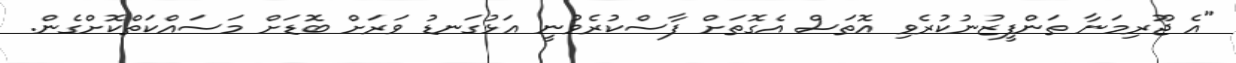
"އެ ޖޫރިމަނާ ތަންފީޒުނުކުރެވި އޮތަސް އެގޮތަށް ފާސްކުރެވުނީ އަޅުގަނޑު ވަރަށް ބޮޑަށް މަސައްކަތްކޮށްގެން.